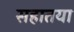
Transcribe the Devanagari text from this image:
सहातया